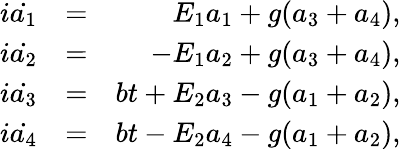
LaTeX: \begin{array}{rlr}{i\dot{a_{1}}}&{=}&{E_{1}a_{1}+g(a_{3}+a_{4}),}\\ {i\dot{a_{2}}}&{=}&{-E_{1}a_{2}+g(a_{3}+a_{4}),}\\ {i\dot{a_{3}}}&{=}&{bt+E_{2}a_{3}-g(a_{1}+a_{2}),}\\ {i\dot{a_{4}}}&{=}&{bt-E_{2}a_{4}-g(a_{1}+a_{2}),}\end{array}